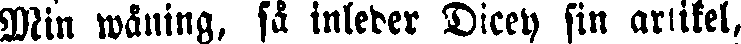
Min wåning, få inleder Dicey sin artikel,